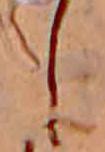
し